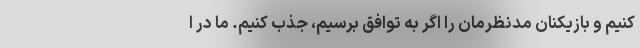
کنیم و بازیکنان مدنظرمان را اگر به توافق برسیم، جذب کنیم. ما در ا